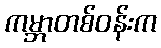
ကမ္ဘာတစ်ဝန်းက